Indian Civil Veterinary Department memoirs
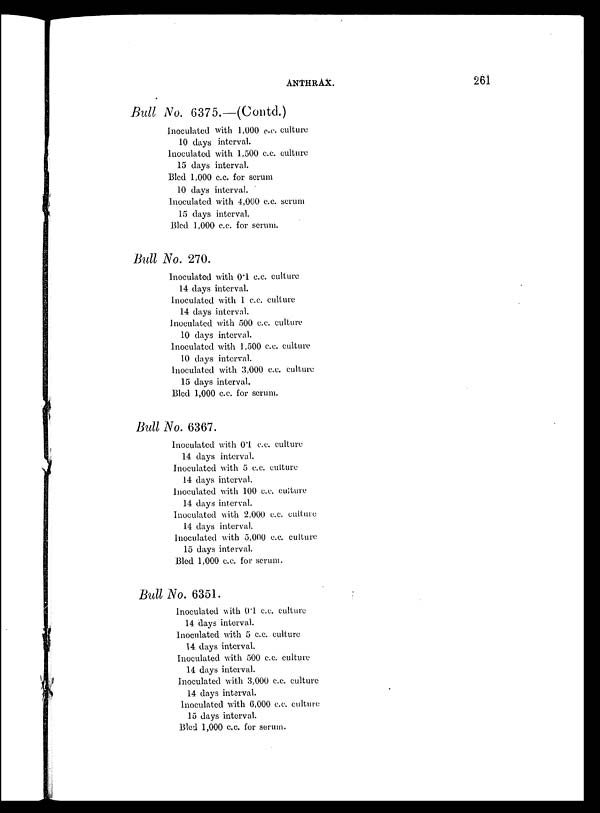
ANTHRAX.
261
Bull No. 6375.—(Contd.)
Inoculated with 1,000 c.c. culture
10 days interval.
Inoculated with 1,500 c.c. culture
15 days interval.
Bled 1,000 c.c. for serum
10 days interval.
Inoculated with 4,000 c.c. serum
15 days interval.
Bled 1,000 c.c. for serum.
Bull No. 270.
Inoculated with 0.1 c.c. culture
14 days interval.
Inoculated with 1 c.c. culture
14 days interval.
Inoculated with 500 c.c. culture
10 days interval.
Inoculated with 1,500 c.c. culture
10 days interval.
Inoculated with 3,000 c.c. culture
15 days interval.
Bled 1,000 c.c. for serum.
Bull No. 6367.
Inoculated with 0.1 c.c. culture
14 days interval.
Inoculated with 5 c.c. culture
14 days interval.
Inoculated with 100 c.c. culture
14 days interval.
Inoculated with 2,000 c.c. culture
14 days interval.
Inoculated with 5,000 c.c. culture
15 days interval.
Bled 1,000 c.c. for serum.
Bull No. 6351.
Inoculated with 0.1 c.c. culture
14 days interval.
Inoculated with 5 c.c. culture
14 days interval.
Inoculated with 500 c.c. culture
14 days interval.
Inoculated with 3,000 c.c. culture
14 days interval.
Inoculated with 6,000 c.c. culture
15 days interval.
Bled 1,000 c.c. for serum.